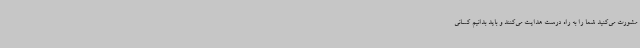
مشورت می‌کنید شما را به راه درست هدایت می‌کنند و باید بدانیم کسانی